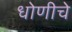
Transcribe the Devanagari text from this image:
धोणीचे